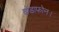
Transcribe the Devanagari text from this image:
वोडाफोन।